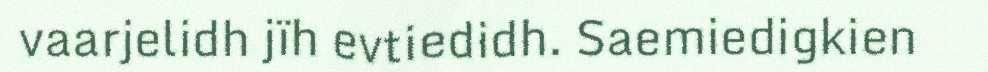
vaarjelidh jïh evtiedidh. Saemiedigkien